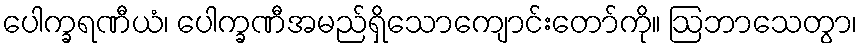
ပေါက္ခရဏီယံ၊ ပေါက္ခဏီအမည်ရှိသောကျောင်းတော်ကို။ ဩဘာသေတွာ၊